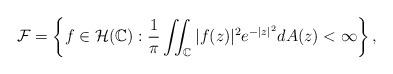
LaTeX: \begin{align*} \mathcal{F} = \left\{ f\in \mathcal{H}(\mathbb{C}):\frac{1}{\pi}\iint_{\mathbb C}|f(z)|^2e^{-|z|^2}dA(z)<\infty\right\},\end{align*}